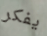
يفكر